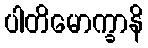
ပါတိမောက္ခာနိ